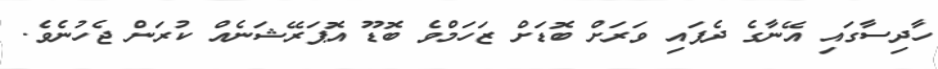
ހާދިސާގައި އޭނާގެ ދެފައި ވަރަށް ބޮޑަށް ޒަހަމްވެ ބޮޑޫ އޮޕަރޭޝަނެއް ކުރަން ޖެހުނެވެ.